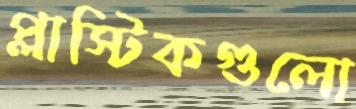
প্লাস্টিকগুলো